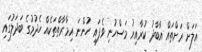
އަލަށް ރަށްތައް އާބާދު ކުރާއިރު މަސްހުނި ވެފައި ހުންނަ އިމާރާތްތަކެއް ހެދުމުގެ ބަދަލުގައި